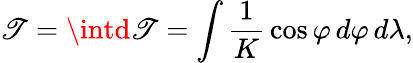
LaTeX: \mathscr{T}=\intd\mathscr{T}=\int{\frac{{1}}{{K}}}\cos\varphi\, d\varphi\, d\lambda,